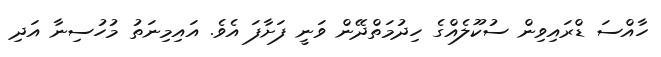
ހާއްސަ ޑްރައިވިން ސުކޫލެއްގެ ހިދުމަތްދޭން ވަނީ ފަށާފަ އެެވެ. އައިމިނަތު މުހުސިނާ އަދި